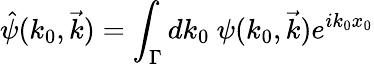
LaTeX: \hat{\psi}(k_{0},\vec{k})=\int_{\Gamma}dk_{0}~\psi(k_{0},\vec{k})e^{ik_{0}x_{0}}